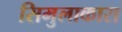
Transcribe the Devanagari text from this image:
सिमुलाकारा